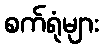
စက်ရုံများ